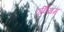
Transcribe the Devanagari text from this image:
एर्वियम